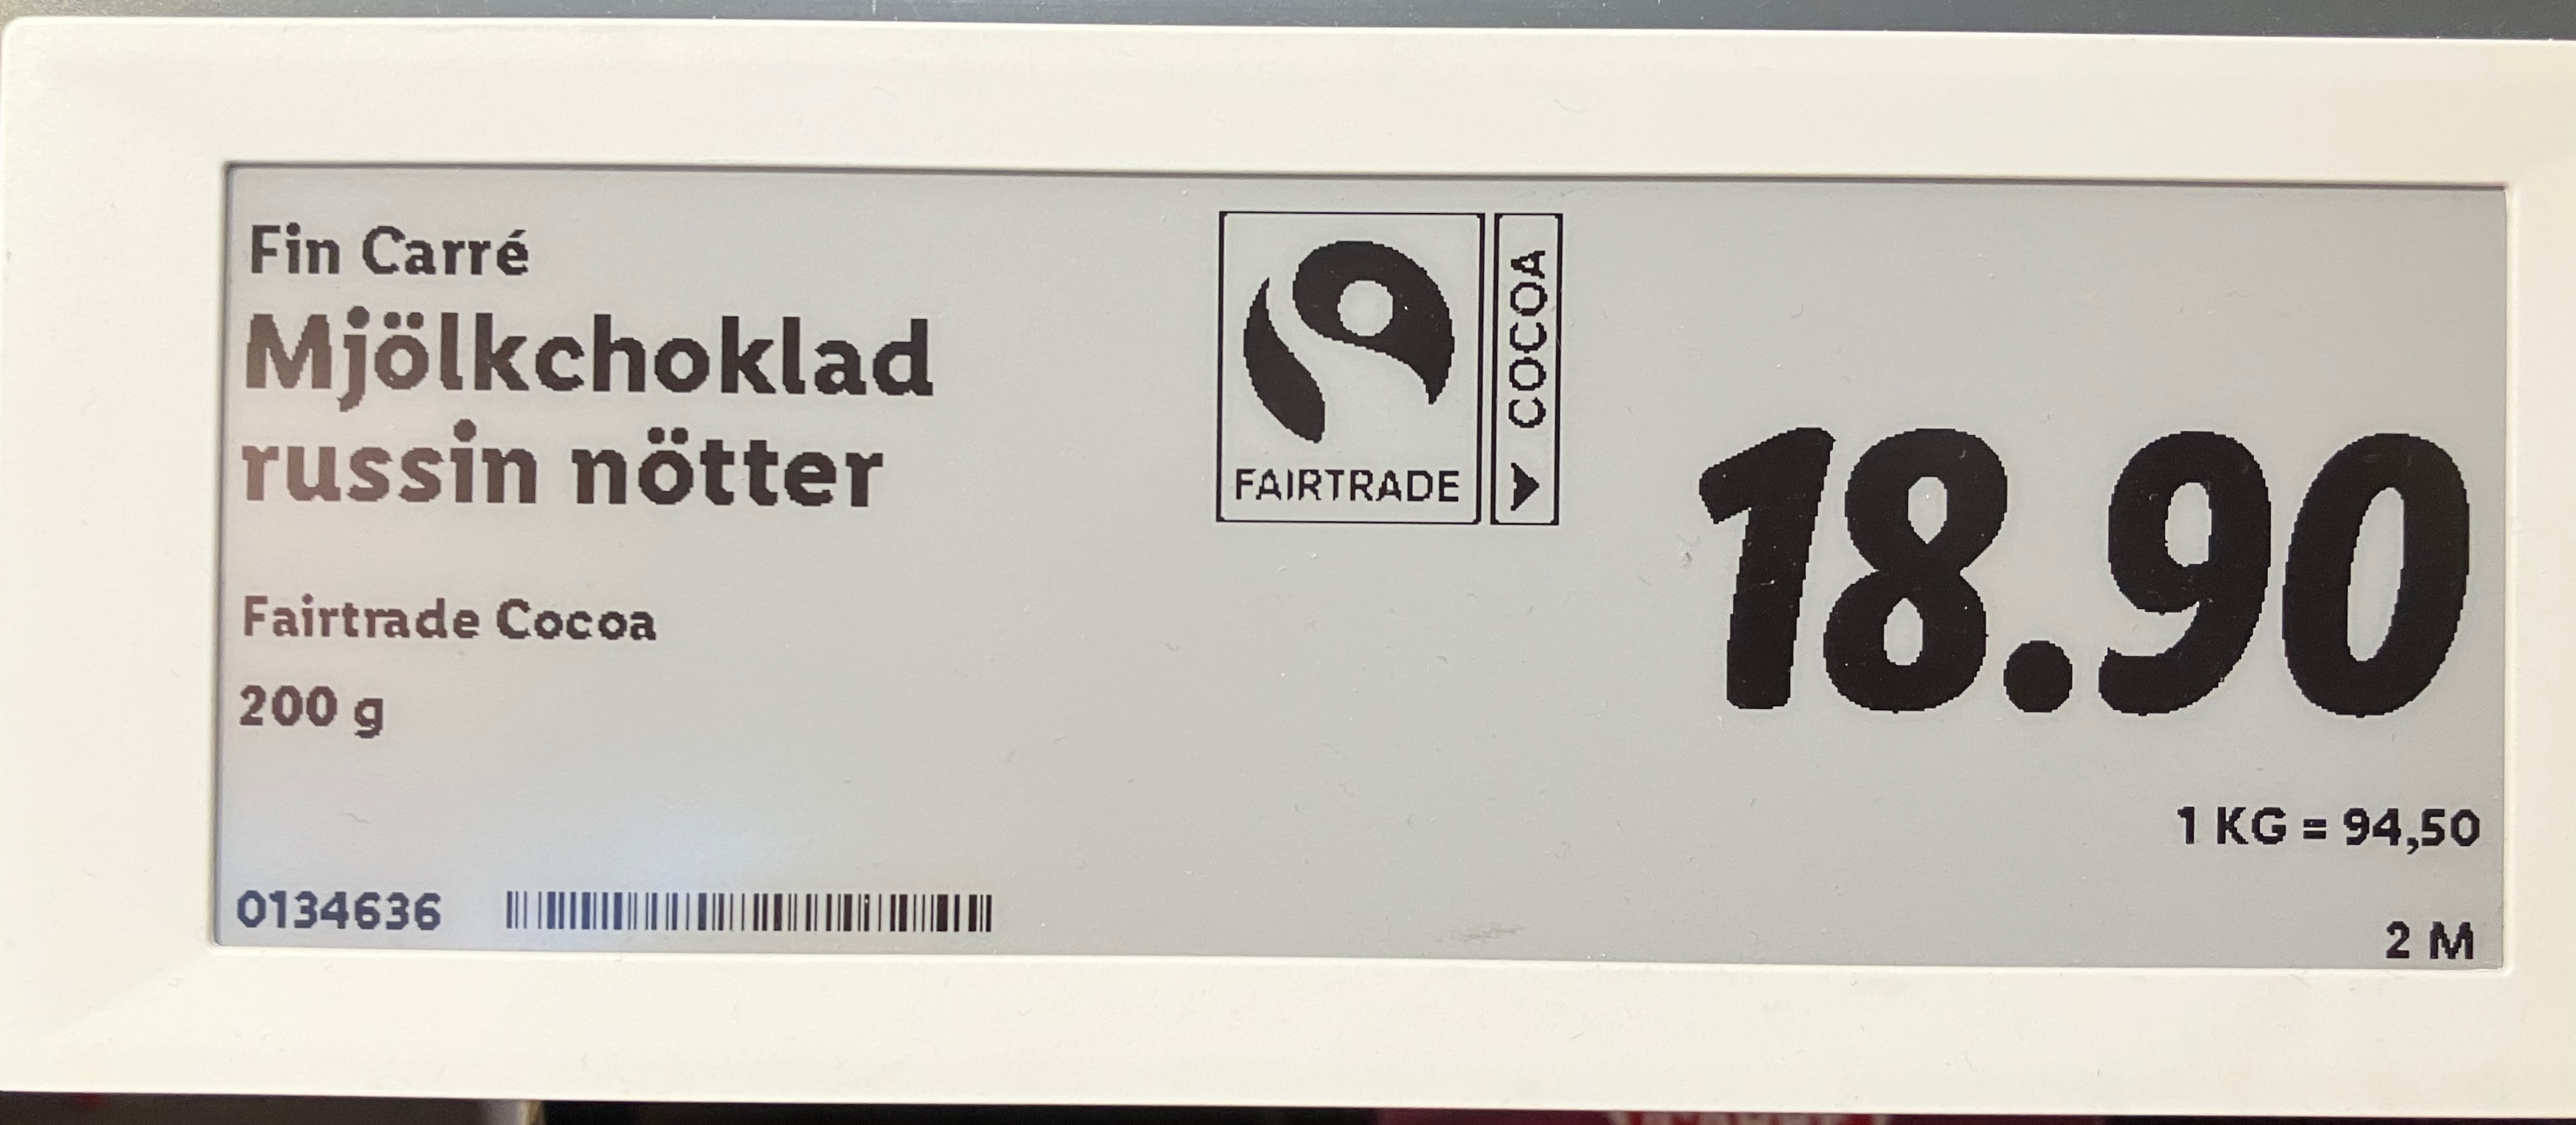
Vara: Mjölkchoklad russin nötter
Genomsnittspris: 94.5 per kg